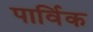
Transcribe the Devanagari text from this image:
पार्विक